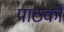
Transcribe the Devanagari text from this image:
पाठकॊं